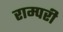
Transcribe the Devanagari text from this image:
राम्परी